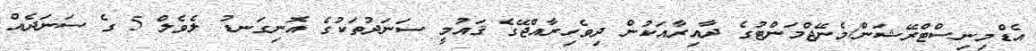
އެޑްމިނިސްޓްރޭޝަން/މެނޭޖްމަންޓުގެ ދާއިރާއަކުން ދިވެހިރާއްޖޭގެ ޤައުމީ ސަނަދުތަކުގެ އޮނިގަނޑު ލެވެލް 5 ގެ ސަނަދެއް